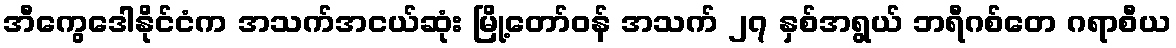
အီကွေဒေါနိုင်ငံက အသက်အငယ်ဆုံး မြို့တော်ဝန် အသက် ၂၇ နှစ်အရွယ် ဘရီဂစ်တေ ဂရာစီယ